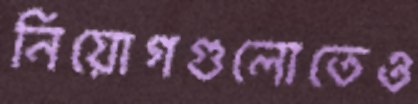
নিয়োগগুলোতেও